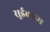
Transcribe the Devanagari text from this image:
सुईकाम